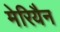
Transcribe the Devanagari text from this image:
मेरियैन